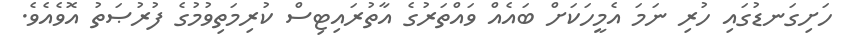
ހަށިގަނޑުގައި ހުރި ނަމަ އެމީހަކަށް ބައެއް ވައްތަރުގެ އާތުރައިޓިސް ކުރިމަތިވުމުގެ ފުރުޞަތު އޮވެއެވެ.